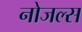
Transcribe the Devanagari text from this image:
नोजल्स